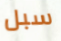
سبل